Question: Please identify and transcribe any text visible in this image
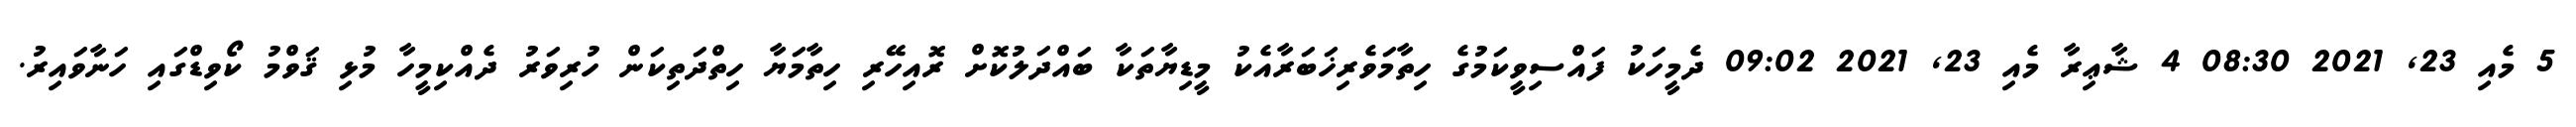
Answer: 5 މެއި 23, 2021 08:30 4 ޝާޢިރާ މެއި 23, 2021 09:02 ދެމީހަކު ފައްސިވީކަމުގެ ހިތާމަވެރިޚަބަރާއެކު މީޑިޔާތަކާ ބައްދަލުކޮށް ރޮއިހޭރި ހިތާމަޔާ ހިތްދަތިކަން ހުރިވަރު ދެއްކިމީހާ މުޅި ޤަވްމު ކޯވިޑްގައި ހަނާވައިރު.